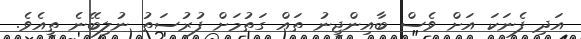
އަދި ފެނަކަ އަށް ވެސް ބާއިންޖީނު ތައް ގަތުމަށް ފުރުސަތު ނުލިބޭނެ ތީއެވެ.